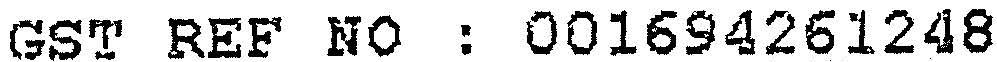
GST REF NO : 001694261248